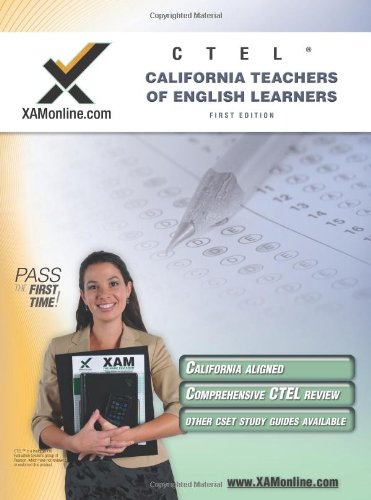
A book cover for CTEL California Teacher of English Learners (XAM CSET); Sharon A Wynne; Test Preparation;